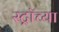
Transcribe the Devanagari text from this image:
स्ट्रॉच्या